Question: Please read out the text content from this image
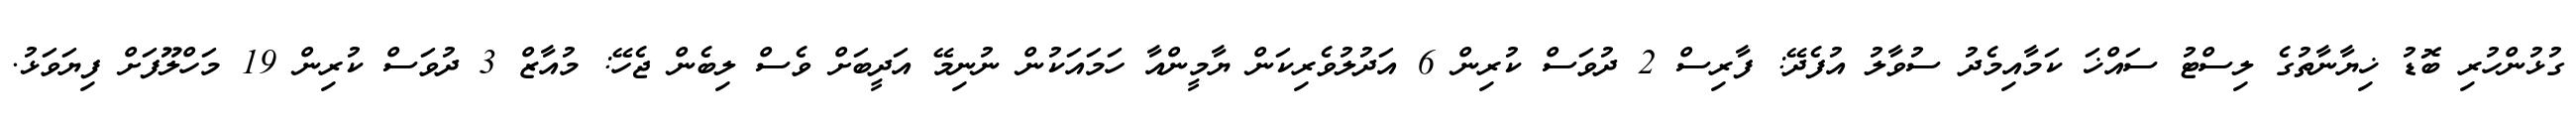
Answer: ގުޅުންހުރި ބޮޑު ޚިޔާނާތުގެ ލިސްޓު ސައްޚަ ކަމާއިމެދު ސުވާލު އުފެދޭ: ފާރިސް 2 ދުވަސް ކުރިން 6 އަދުލުވެރިކަން ޔާމީންއާ ހަމައަކުން ނުނިމޭ އަދީބަށް ވެސް ލިބެން ޖެހޭ: މުއާޒް 3 ދުވަސް ކުރިން 19 މަހްލޫފަށް ފިޔަވަޅު.